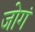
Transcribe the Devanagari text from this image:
जोगं